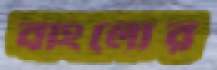
বাংলোর